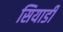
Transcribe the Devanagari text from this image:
सियार्डी